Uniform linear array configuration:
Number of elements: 16
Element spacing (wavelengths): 1
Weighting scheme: cosine
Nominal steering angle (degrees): -15
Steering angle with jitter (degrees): -15.254
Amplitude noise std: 0.05
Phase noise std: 0.05

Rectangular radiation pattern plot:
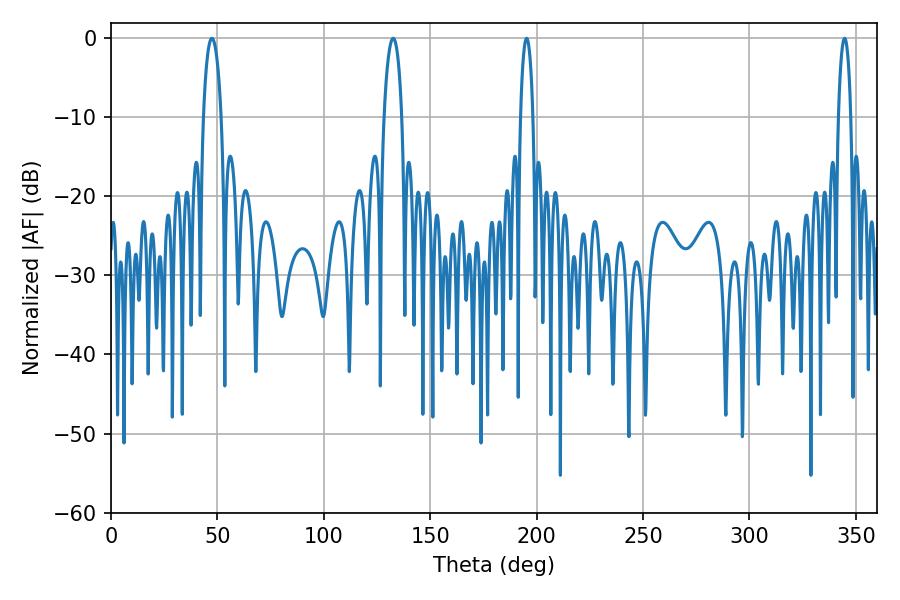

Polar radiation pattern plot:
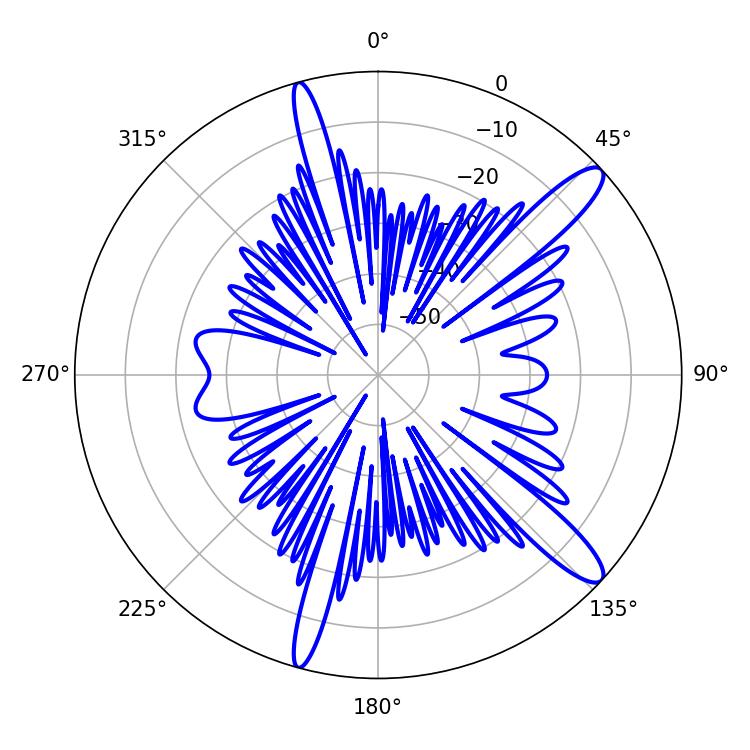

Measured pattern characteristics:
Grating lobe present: TRUE
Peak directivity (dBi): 12.982
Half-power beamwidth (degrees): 3.24
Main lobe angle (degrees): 195.3